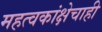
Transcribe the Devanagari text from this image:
महत्वकांक्षेचाही